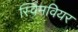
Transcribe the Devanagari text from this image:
स्विमवियर